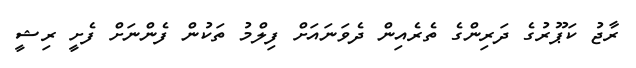
ރާޖު ކަޕޫރުގެ ދަރިންގެ ތެރެއިން ދެވަނައަށް ފިލްމު ތަކުން ފެންނަށް ފެށީ ރިޝީ